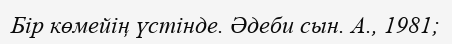
Бір көмейің үстінде. Әдеби сын. А., 1981;